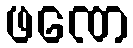
ဖဏေ